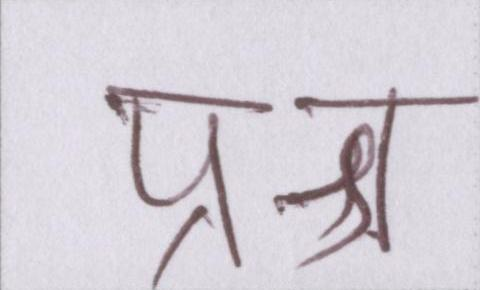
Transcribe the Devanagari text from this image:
प्रश्न